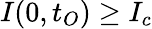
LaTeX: I(0,t_{O})\geq I_{c}